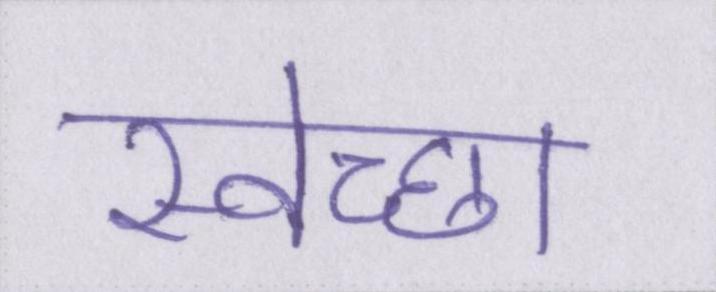
स्वेच्छा